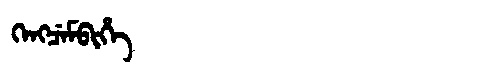
Manchu: ᡴᡝᠩᠴᡝᠮᠪᡳᡥᡝ
Romanization: KENGCEMBIHE